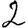
Digit: 2